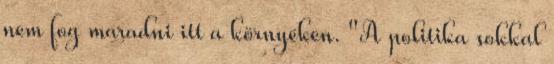
nem fog maradni itt a környéken. "A politika sokkal